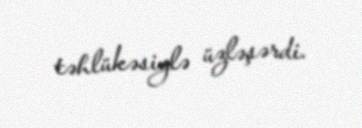
təhlükəsiylə üzləşərdi.